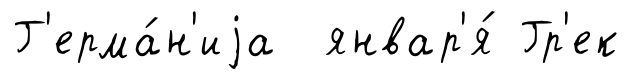
Г'ерма́н'иjа январ'я́ Гр'ек